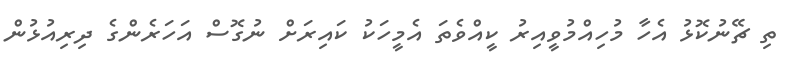
ތި ޗޭނުކޮޅު އެހާ މުހިއްމުވީއިރު ކީއްވެތަ އެމީހަކު ކައިރަށް ނުގޮސް އަހަރެންގެ ދިރިއުޅުން